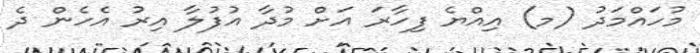
މުހައްމަދު (މ) އިއްޔެ ފިހާރަ އަށް މުދާ އުފުލާ އިރު އެހެން ދެ